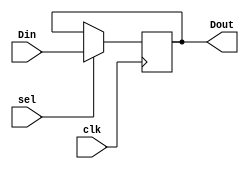
module register_1bit(
    input wire Din,
    input wire sel,
    input wire clk,
    output wire Dout
);
    reg _reg = 1'b0;
always @(posedge clk) begin
    if(sel)
        _reg <= Din;
end
assign Dout = _reg; 
endmodule